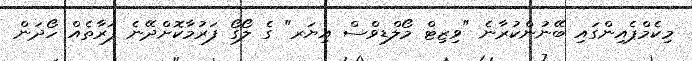
މިކެމްޕެއިންގައި ބޭނުންކުރާނެ "ވިޒިޓް މޯލްޑިވްސް އިޔަރ" ގެ ލޯގޯ ފަރުމާކޮށްދޭނެ ފަރާތެއް ހޯދަން